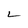
Character: L